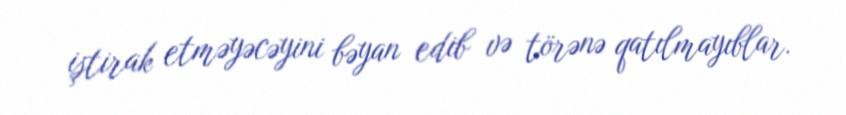
iştirak etməyəcəyini bəyan edib və törənə qatılmayıblar.